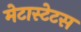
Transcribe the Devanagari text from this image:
मेटास्टेटस